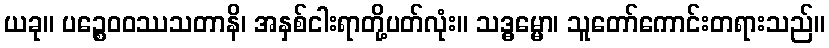
ယခု။ ပဉ္စေဝဝဿသတာနိ၊ အနှစ်ငါးရာတို့ပတ်လုံး။ သဒ္ဓမ္မော၊ သူတော်ကောင်းတရားသည်။